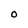
Character: O